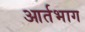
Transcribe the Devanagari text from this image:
आर्तभाग